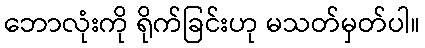
ဘောလုံးကို ရိုက်ခြင်းဟု မသတ်မှတ်ပါ။